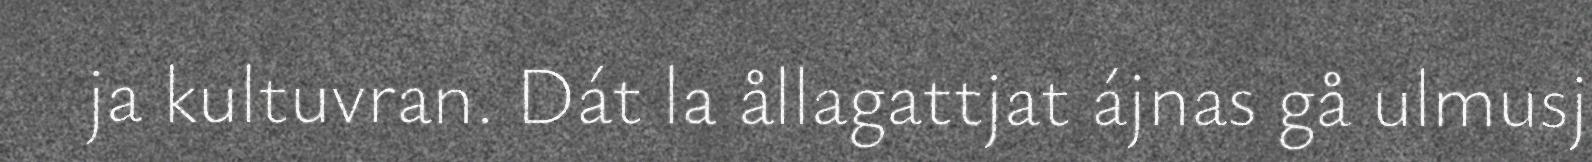
ja kultuvran. Dát la ållagattjat ájnas gå ulmusj